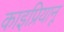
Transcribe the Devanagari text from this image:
काइप्रियानू